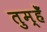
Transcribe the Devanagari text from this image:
तुम्हेँ